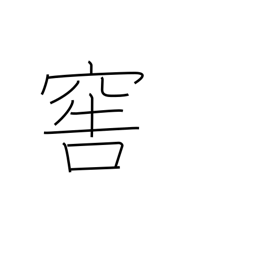
Meaning: cellar